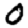
Digit: 0